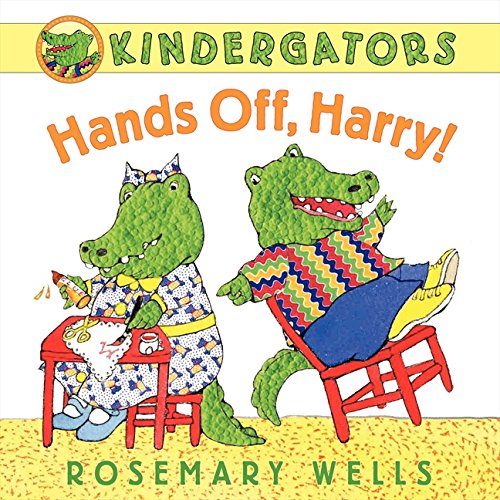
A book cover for Kindergators: Hands Off, Harry!; Rosemary Wells; Children's Books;